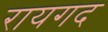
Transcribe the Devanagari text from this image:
रायगद